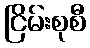
ငြိမ်းစုစီ